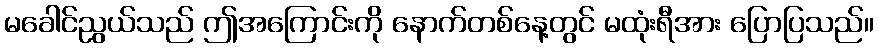
မခေါင်ညွယ်သည် ဤအကြောင်းကို နောက်တစ်နေ့တွင် မထုံးရီအား ပြောပြသည်။